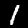
Digit: 1